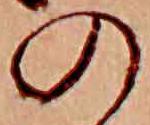
の